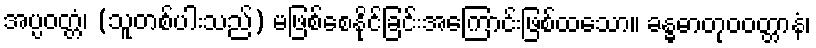
အပ္ပဝတ္တံ၊ (သူတစ်ပါးသည်) မဖြစ်စေနိုင်ခြင်းအကြောင်းဖြစ်ထသော။ ခန္ဓဓာတုဝဝတ္တာနံ၊